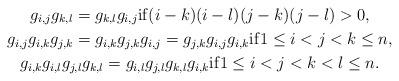
LaTeX: \begin{gather*}g_{i,j} g_{k,l}=g_{k,l} g_{i,j} {\rm if} (i-k) (i-l) (j-k) (j-l) > 0,\\g_{i,j} g_{i,k} g_{j,k}=g_{i,k} g_{j,k} g_{i,j}=g_{j,k} g_{i,j} g_{i,k} {\rm if}1 \le i < j < k \le n,\\g_{i,k} g_{i,l} g_{j,l} g_{k,l}=g_{i,l} g_{j,l} g_{k,l} g_{i,k} {\rm if} 1 \le i < j <k < l \le n.\end{gather*}